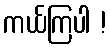
ကယ်ကြပါ !